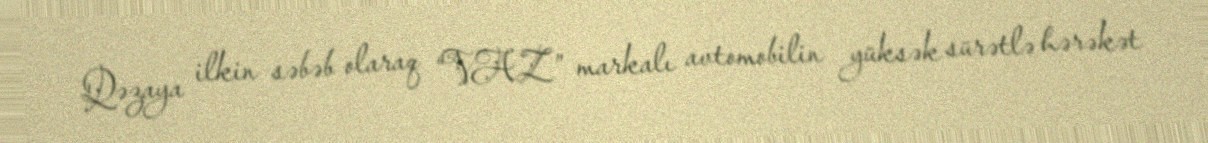
Qəzaya ilkin səbəb olaraq “VAZ” markalı avtomobilin yüksək sürətlə hərəkət